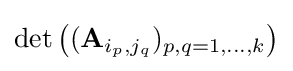
{\textstyle \det {\bigl (}(\mathbf {A} _{i_{p},j_{q}})_{p,q=1,\ldots ,k}{\bigr )}}